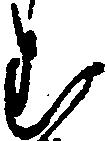
む